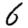
Digit: 6